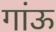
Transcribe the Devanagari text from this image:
गांऊ